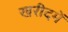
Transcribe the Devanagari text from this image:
खरीदमें